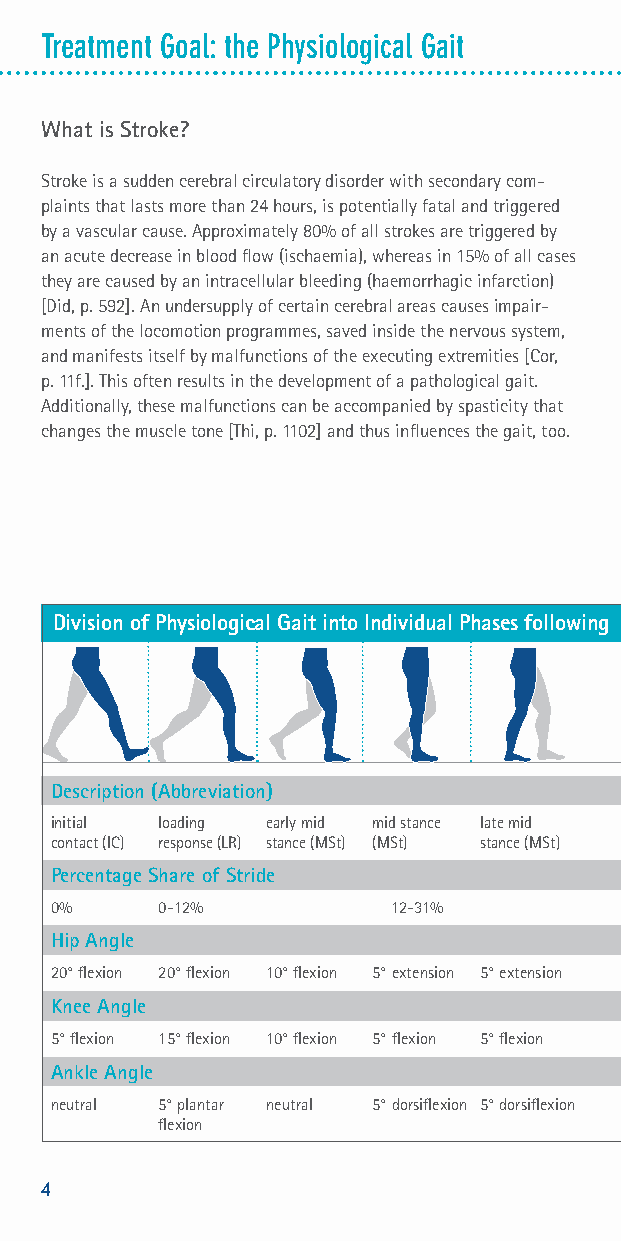
Treatment Goal: the Physiological Gait
 What is Stroke?
 Stroke is a sudden cerebral circulatory disorder with secondary com-
 plaints that lasts more than 24 hours, is potentially fatal and triggered
 by a vascular cause. Approximately 80% of all strokes are triggered by
 an acute decrease in blood flow (ischaemia), whereas in 15% of all cases
 they are caused by an intracellular bleeding (haemorrhagic infarction)
 [Did, p. 592]. An undersupply of certain cerebral areas causes impair-
 ments of the locomotion programmes, saved inside the nervous system,
 and manifests itself by malfunctions of the executing extremities [Cor,
 p. 11f.]. This often results in the development of a pathological gait.
 Additionally, these malfunctions can be accompanied by spasticity that
 changes the muscle tone [Thi, p. 1102] and thus influences the gait, too.
 Division of Physiological Gait into Individual Phases following the Model of Jacquelin Perry and Kirsten Götz-Neumann
 Description (Abbreviation)
 initial loading early mid mid stance late mid terminal pre swing initial swing mid swing terminal
 contact (IC) response (LR) stance (MSt) (MSt) stance (MSt) stance (TSt) (PSw) (ISw) (MSw) swing (TSw)
 Percentage Share of Stride
 0%     0-12%           12-31%             31-50% 50-62% 62-75% 75-87% 87-100%
 Hip Angle
 20° flexion 20° flexion 10° flexion 5° extension 5° extension 20° extension 10° extension 15° flexion 25° flexion 20° flexion
 Knee Angle
 5° flexion 15° flexion 10° flexion 5° flexion 5° flexion 10° flexion 40° flexion 60° flexion 25° flexion 5° flexion
 Ankle Angle
 neutral 5° plantar neutral 5° dorsiflexion 5° dorsiflexion 10° 15° plantar 5° plantar neutral neutral
 flexion                            dorsiflexion flexion flexion
 4